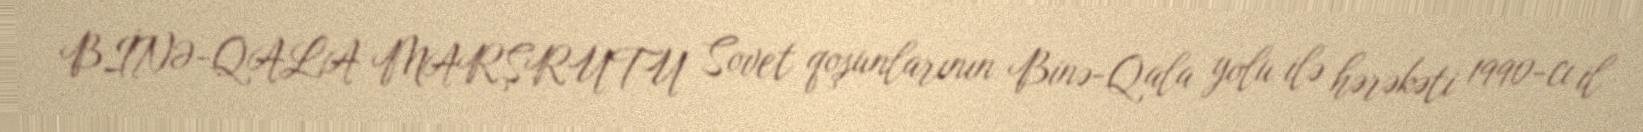
BİNƏ-QALA MARŞRUTU Sovet qoşunlarının Binə-Qala yolu ilə hərəkəti 1990-cı il